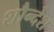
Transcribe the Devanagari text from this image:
शौन्देश